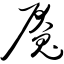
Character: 魇